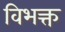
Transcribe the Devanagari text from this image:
विभक्त्त